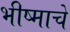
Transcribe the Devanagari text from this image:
भीष्माचे